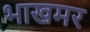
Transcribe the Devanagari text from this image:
भाखमर